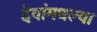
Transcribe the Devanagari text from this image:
देवांमधल्या